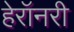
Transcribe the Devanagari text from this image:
हेरॉनरी